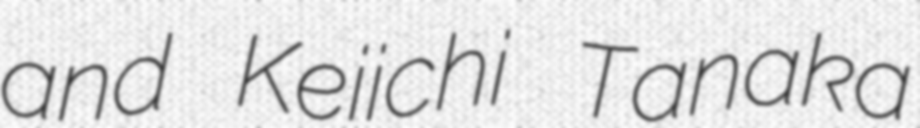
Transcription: and Keiichi Tanaka